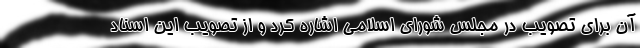
آن برای تصویب در مجلس شورای اسلامی اشاره کرد و از تصویب این اسناد